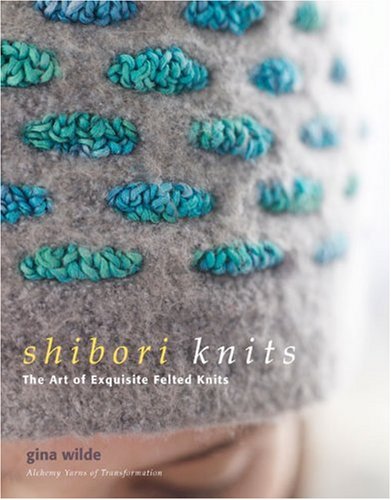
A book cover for Shibori Knits: The Art of Exquisite Felted Knits; Gina Wilde; Crafts, Hobbies & Home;